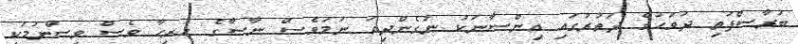
ބުރާސްފަތި ދުވަހުގެ ދަތުރުގައި އިންސާނަކު ނުގެންދިއަ ނަމަވެސް ނާސާގެ ހުރިހާ ވެސް ވިސްނުމަކީ